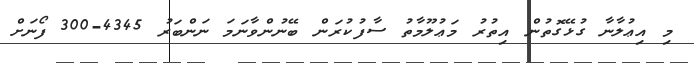
މި އިޢުލާނާ ގުޅޭގޮތުން އިތުރު މަޢުލޫމާތު ސާފުކުރަން ބޭނުންވާނަމަ ނަންބަރު 4345-300 ފޯނަށް